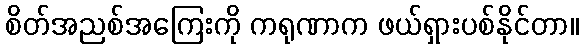
စိတ်အညစ်အကြေးကို ကရုဏာက ဖယ်ရှားပစ်နိုင်တာ။